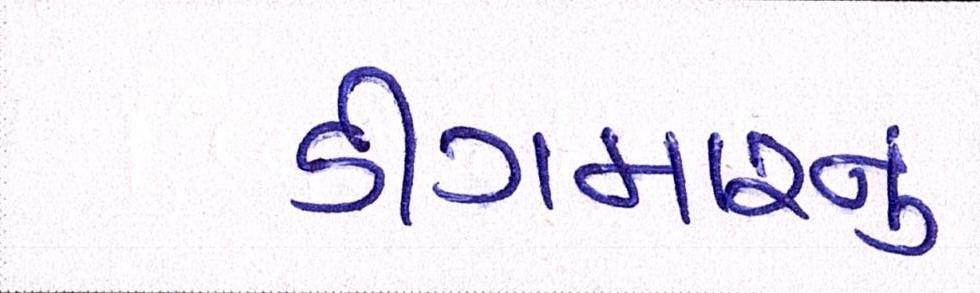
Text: ડીંગમારનું